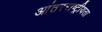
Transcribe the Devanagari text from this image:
आंतरराष्ट्रीयता